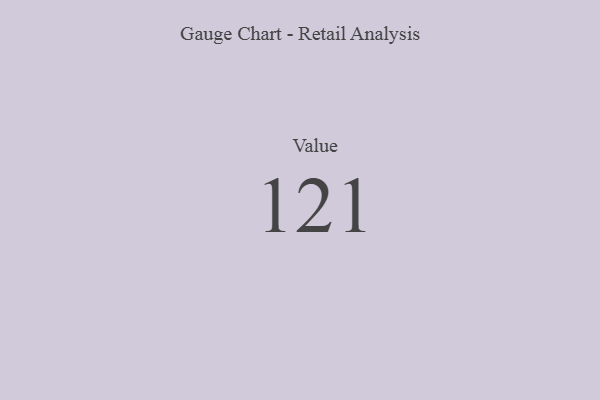
{"axis": {"x": "Metric", "y": "Value"}, "legend": [""], "data": [{"x": "Value", "y": 121, "type": ""}]}